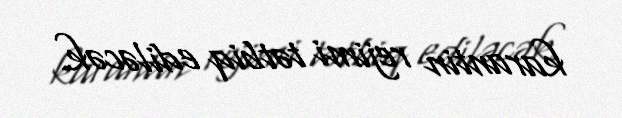
karantin rejimi tətbiq ediləcək.